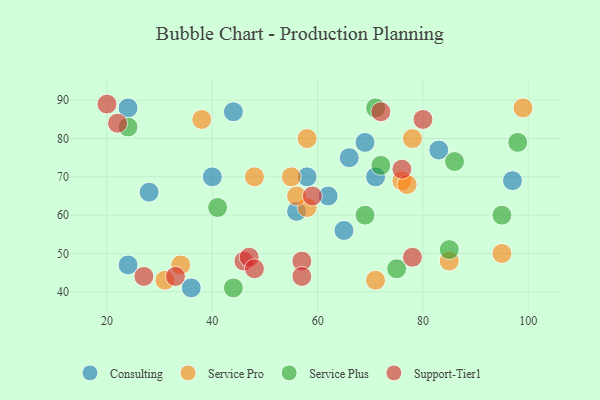
{"axis": {"x": "GDP", "y": "Life Expectancy"}, "legend": ["Consulting", "Service Plus", "Service Pro", "Support-Tier1"], "data": [{"x": "28", "y": 66, "type": "Consulting"}, {"x": "62", "y": 65, "type": "Consulting"}, {"x": "40", "y": 70, "type": "Consulting"}, {"x": "71", "y": 70, "type": "Consulting"}, {"x": "97", "y": 69, "type": "Consulting"}, {"x": "56", "y": 61, "type": "Consulting"}, {"x": "36", "y": 41, "type": "Consulting"}, {"x": "24", "y": 88, "type": "Consulting"}, {"x": "69", "y": 79, "type": "Consulting"}, {"x": "44", "y": 87, "type": "Consulting"}, {"x": "83", "y": 77, "type": "Consulting"}, {"x": "66", "y": 75, "type": "Consulting"}, {"x": "65", "y": 56, "type": "Consulting"}, {"x": "58", "y": 70, "type": "Consulting"}, {"x": "24", "y": 47, "type": "Consulting"}, {"x": "58", "y": 62, "type": "Service Pro"}, {"x": "99", "y": 88, "type": "Service Pro"}, {"x": "34", "y": 47, "type": "Service Pro"}, {"x": "56", "y": 65, "type": "Service Pro"}, {"x": "48", "y": 70, "type": "Service Pro"}, {"x": "38", "y": 85, "type": "Service Pro"}, {"x": "55", "y": 70, "type": "Service Pro"}, {"x": "31", "y": 43, "type": "Service Pro"}, {"x": "76", "y": 69, "type": "Service Pro"}, {"x": "78", "y": 80, "type": "Service Pro"}, {"x": "71", "y": 43, "type": "Service Pro"}, {"x": "77", "y": 68, "type": "Service Pro"}, {"x": "95", "y": 50, "type": "Service Pro"}, {"x": "85", "y": 48, "type": "Service Pro"}, {"x": "58", "y": 80, "type": "Service Pro"}, {"x": "69", "y": 60, "type": "Service Plus"}, {"x": "95", "y": 60, "type": "Service Plus"}, {"x": "24", "y": 83, "type": "Service Plus"}, {"x": "98", "y": 79, "type": "Service Plus"}, {"x": "86", "y": 74, "type": "Service Plus"}, {"x": "41", "y": 62, "type": "Service Plus"}, {"x": "44", "y": 41, "type": "Service Plus"}, {"x": "71", "y": 88, "type": "Service Plus"}, {"x": "75", "y": 46, "type": "Service Plus"}, {"x": "85", "y": 51, "type": "Service Plus"}, {"x": "72", "y": 73, "type": "Service Plus"}, {"x": "57", "y": 48, "type": "Support-Tier1"}, {"x": "59", "y": 65, "type": "Support-Tier1"}, {"x": "78", "y": 49, "type": "Support-Tier1"}, {"x": "20", "y": 89, "type": "Support-Tier1"}, {"x": "46", "y": 48, "type": "Support-Tier1"}, {"x": "72", "y": 87, "type": "Support-Tier1"}, {"x": "80", "y": 85, "type": "Support-Tier1"}, {"x": "33", "y": 44, "type": "Support-Tier1"}, {"x": "47", "y": 49, "type": "Support-Tier1"}, {"x": "48", "y": 46, "type": "Support-Tier1"}, {"x": "22", "y": 84, "type": "Support-Tier1"}, {"x": "57", "y": 44, "type": "Support-Tier1"}, {"x": "76", "y": 72, "type": "Support-Tier1"}, {"x": "27", "y": 44, "type": "Support-Tier1"}]}